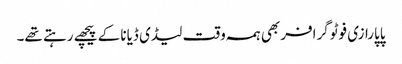
پاپارازی فوٹوگرافر بھی ہمہ وقت لیڈی ڈیانا کے پیچھے رہتے تھے۔